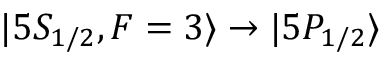
| 5 S _ { 1 / 2 } , F = 3 \rangle \rightarrow | 5 P _ { 1 / 2 } \rangle